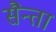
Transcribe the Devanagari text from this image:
सैन्ता